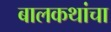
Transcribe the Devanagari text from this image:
बालकथांचा